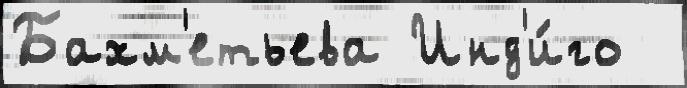
Бахм'етьева Инд'и́го